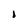
Character: I